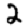
Digit: 2